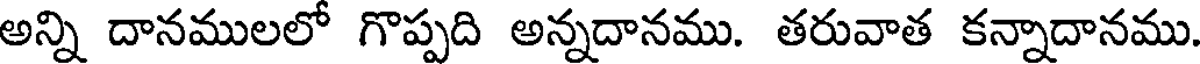
అన్ని దానములలో గొప్పది అన్నదానము. తరువాత కన్నాదానము.